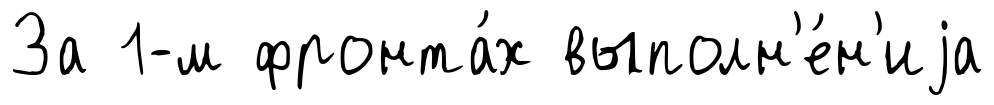
За 1-м фронта́х выполн'е́н'иjа